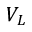
V _ { L }